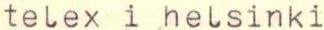
telex i helsinki